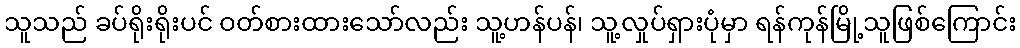
သူသည် ခပ်ရိုးရိုးပင် ဝတ်စားထားသော်လည်း သူ့ဟန်ပန်၊ သူ့လှုပ်ရှားပုံမှာ ရန်ကုန်မြို့သူဖြစ်ကြောင်း